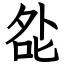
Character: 夞